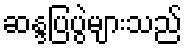
ဆန္ဒပြပွဲများသည်